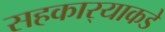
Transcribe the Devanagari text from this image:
सहकार्‍याकडे